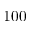
1 0 0